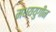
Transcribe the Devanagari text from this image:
मधययुगीन